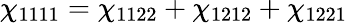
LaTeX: \chi_{1111}=\chi_{1122}+\chi_{1212}+\chi_{1221}